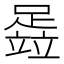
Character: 𬧈